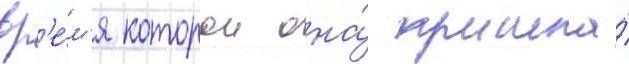
вр'е́м'я которои она́ прошла́